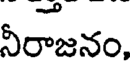
నీరాజనం,